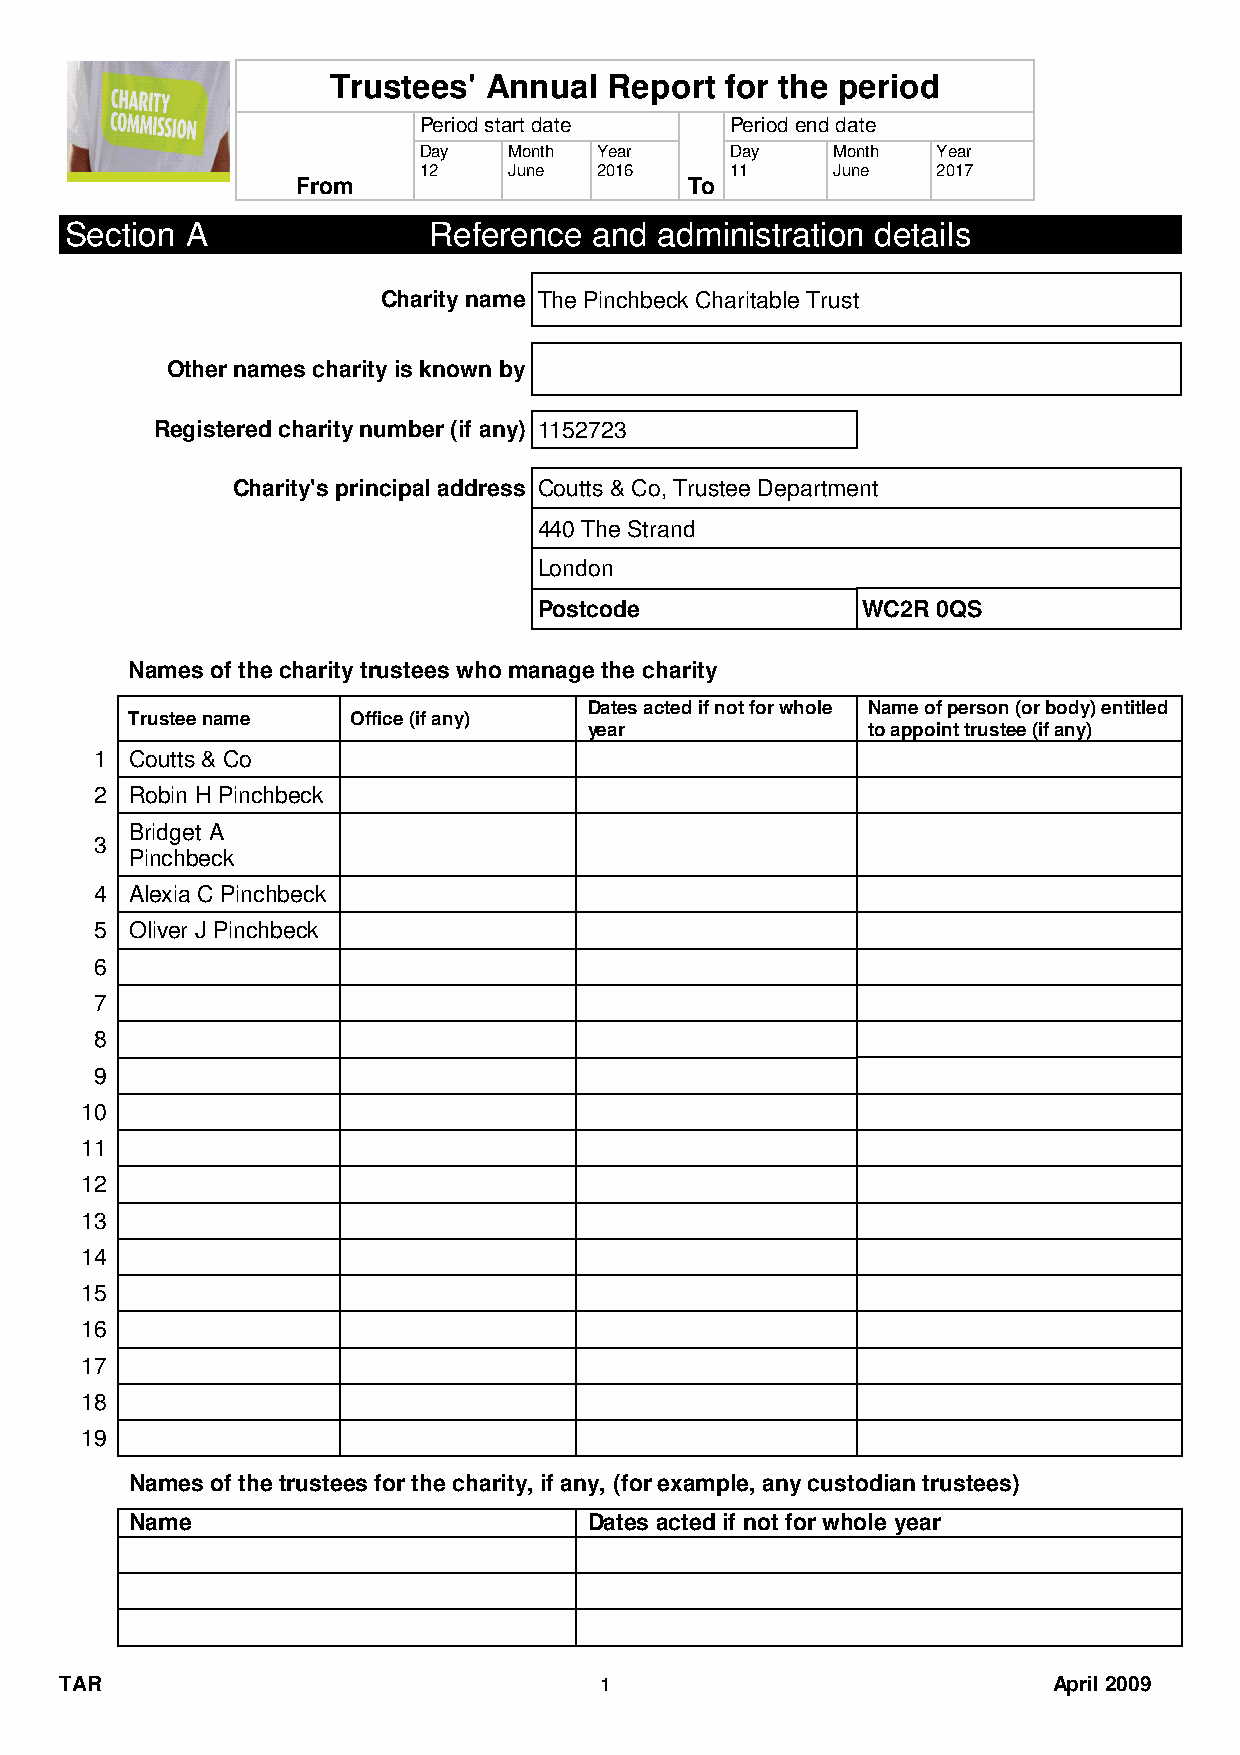
Trustees' Annual  Report  for the period
 Period start date   Period end date
 Day   Month Year    Day    Month  Year
 12    June 2016     11     June   2017
 From                      To
 Section A               Reference  and  administration details
 Charity name The Pinchbeck Charitable Trust
 Other names charity is known by
 Registered charity number (if any) 1152723
 Charity's principal address Coutts & Co, Trustee Department
 440 The Strand
 London
 Postcode             WC2R 0QS
 Names of the charity trustees who manage the charity
 Dates acted if not for whole Name of person (or body) entitled
 Trustee name  Office (if any)
 year              to appoint trustee (if any)
 1  Coutts & Co
 2  Robin H Pinchbeck
 Bridget A
 3
 Pinchbeck
 4  Alexia C Pinchbeck
 5  Oliver J Pinchbeck
 6
 7
 8
 9
 10
 11
 12
 13
 14
 15
 16
 17
 18
 19
 Names of the trustees for the charity, if any, (for example, any custodian trustees)
 Name                          Dates acted if not for whole year
 TAR                                 1                             April 2009